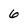
Character: 6